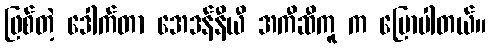
ဖြစ်တဲ့ ဒေါက်တာ အေဒန်နီယီ အကီဆီကူ က ပြောပါတယ်။